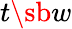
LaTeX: t\sb w